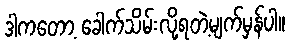
ဒါကတော့ ခေါက်သိမ်းလို့ရတဲ့မျက်မှန်ပါ။